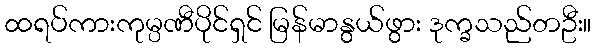
ထရပ်ကားကုမ္ပဏီပိုင်ရှင် မြန်မာနွယ်ဖွား ဒုက္ခသည်တဦး။